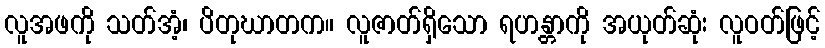
လူအဖကို သတ်အံ့၊ ပိတုဃာတက။ လူဇာတ်ရှိသော ရဟန္တာကို အယုတ်ဆုံး လူဝတ်ဖြင့်